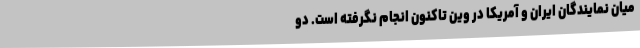
میان نمایندگان ایران و آمریکا در وین تاکنون انجام نگرفته است. دو